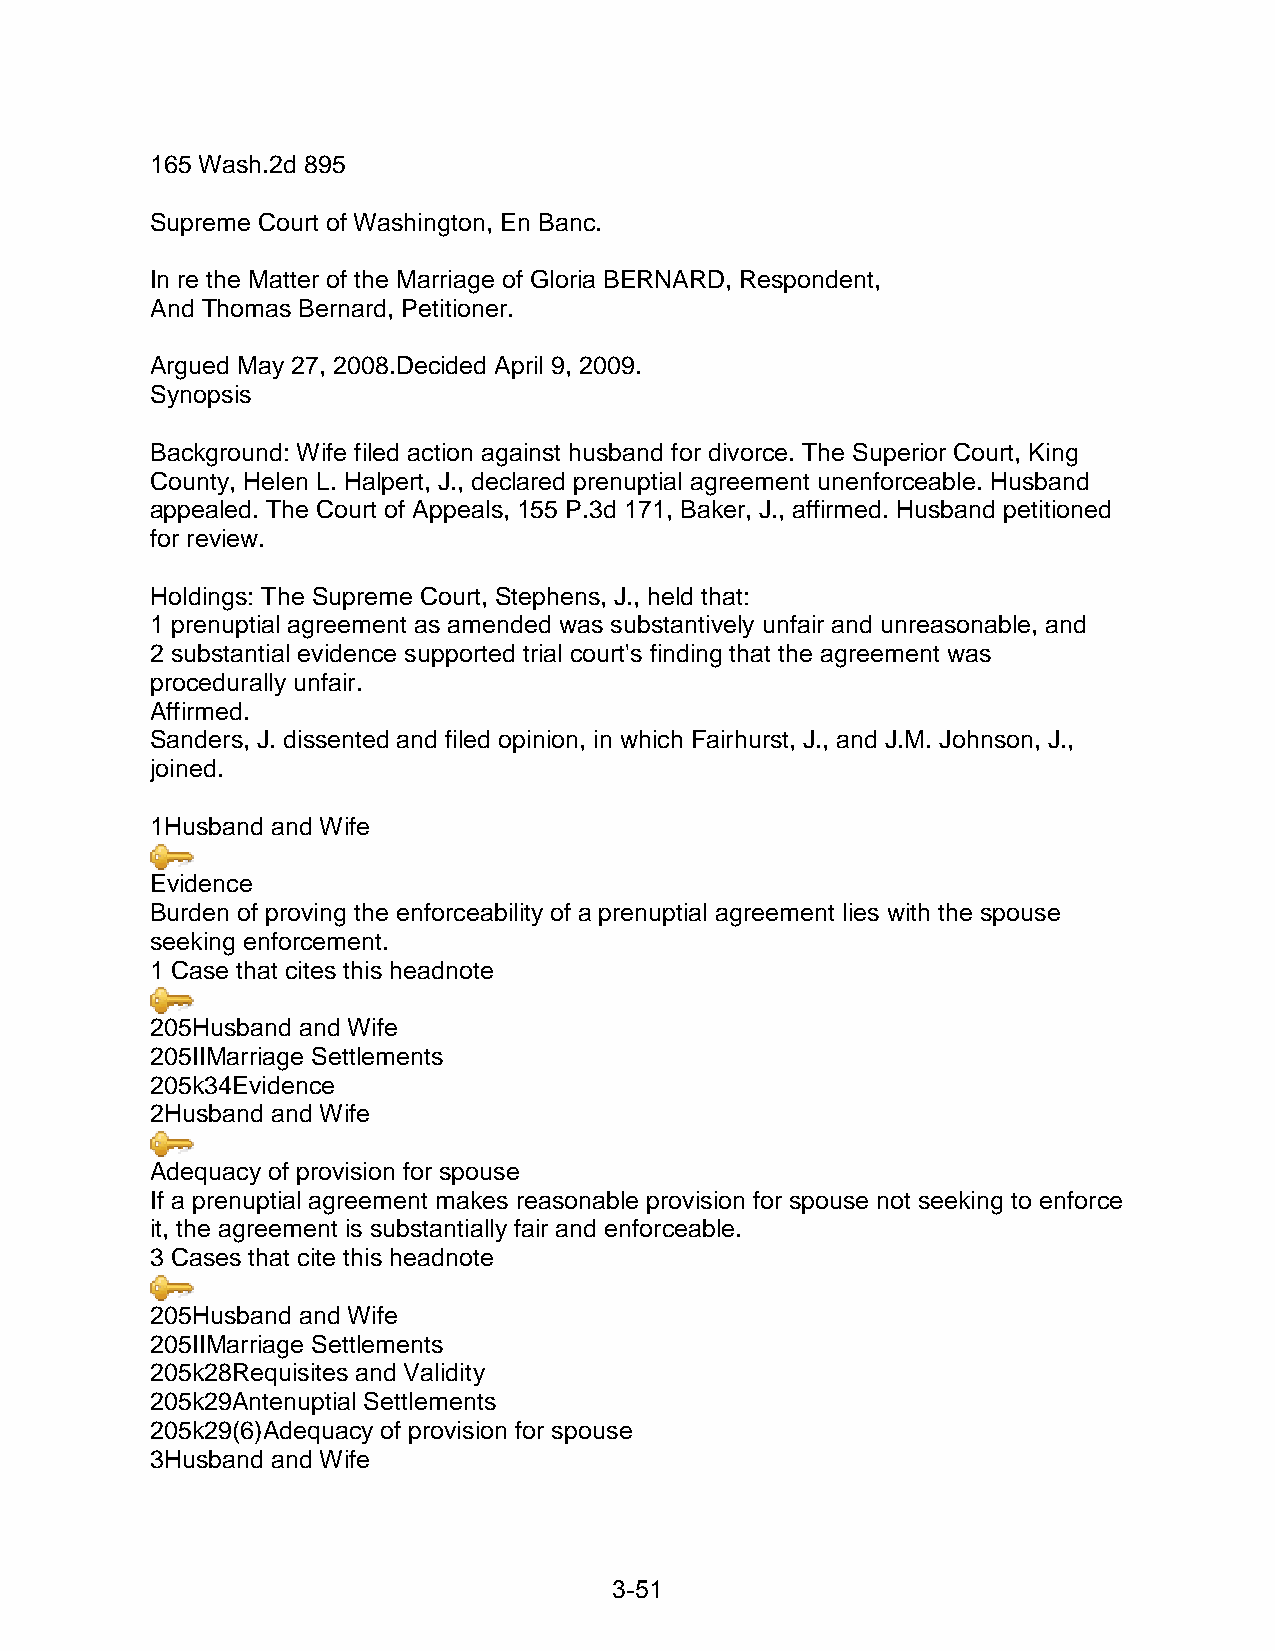
165 Wash.2d 895
 Supreme Court of Washington, En Banc.
 In re the Matter of the Marriage of Gloria BERNARD, Respondent,
 And Thomas Bernard, Petitioner.
 Argued May 27, 2008.Decided April 9, 2009.
 Synopsis
 Background: Wife filed action against husband for divorce. The Superior Court, King
 County, Helen L. Halpert, J., declared prenuptial agreement unenforceable. Husband
 appealed. The Court of Appeals, 155 P.3d 171, Baker, J., affirmed. Husband petitioned
 for review.
 Holdings: The Supreme Court, Stephens, J., held that:
 1 prenuptial agreement as amended was substantively unfair and unreasonable, and
 2 substantial evidence supported trial court's finding that the agreement was
 procedurally unfair.
 Affirmed.
 Sanders, J. dissented and filed opinion, in which Fairhurst, J., and J.M. Johnson, J.,
 joined.
 1Husband and Wife
 Evidence
 Burden of proving the enforceability of a prenuptial agreement lies with the spouse
 seeking enforcement.
 1 Case that cites this headnote
 205Husband and Wife
 205IIMarriage Settlements
 205k34Evidence
 2Husband and Wife
 Adequacy of provision for spouse
 If a prenuptial agreement makes reasonable provision for spouse not seeking to enforce
 it, the agreement is substantially fair and enforceable.
 3 Cases that cite this headnote
 205Husband and Wife
 205IIMarriage Settlements
 205k28Requisites and Validity
 205k29Antenuptial Settlements
 205k29(6)Adequacy of provision for spouse
 3Husband and Wife
 3-51